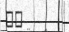
١٩